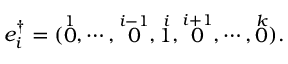
e _ { i } ^ { \dag } = ( \stackrel { 1 } { 0 } , \cdots , \stackrel { i - 1 } { 0 } , \stackrel { i } { 1 } , \stackrel { i + 1 } { 0 } , \cdots , \stackrel { k } { 0 } ) .